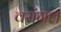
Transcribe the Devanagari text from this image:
वरांगल